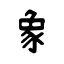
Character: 象